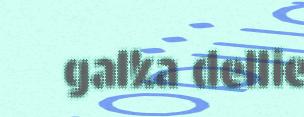
galka dellie